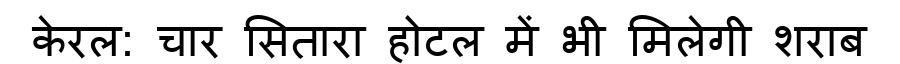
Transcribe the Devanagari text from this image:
केरल: चार सितारा होटल में भी मिलेगी शराब